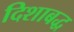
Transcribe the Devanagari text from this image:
दिशाबद्ध